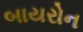
બાયરોન